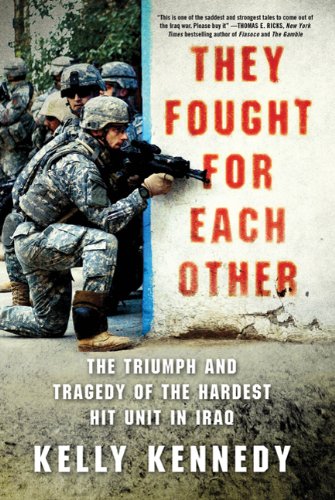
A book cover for They Fought for Each Other: The Triumph and Tragedy of the Hardest Hit Unit in Iraq; Kelly Kennedy; History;